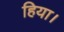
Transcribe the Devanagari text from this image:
हिया।